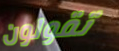
تقولون